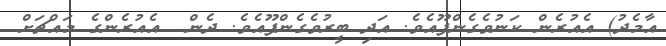
އާމެދު) އެއުރެން ކަނުވެގެންފޫއެވެ. އަދި ބީރުވެގެންފޫއެވެ. ދެން  އެއުރެންގެ މައްޗަށް